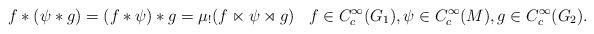
LaTeX: \begin{align*}f*(\psi*g) = (f*\psi)*g = \mu_!(f \ltimes \psi \rtimes g) && f\in C_c^\infty(G_1),\psi \in C_c^\infty(M), g \in C_c^\infty(G_2).\end{align*}